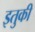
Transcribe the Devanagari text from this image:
इतुकी